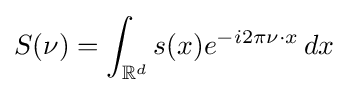
S(\nu )=\int _{\mathbb {R} ^{d}}s(x)e^{-i2\pi \nu \cdot x}\,dx